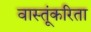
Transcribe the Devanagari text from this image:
वास्तूंकरिता